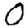
Digit: 0